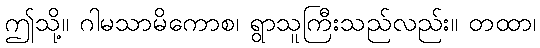
ဤသို့။ ဂါမသာမိကောစ၊ ရွာသူကြီးသည်လည်း။ တထာ၊